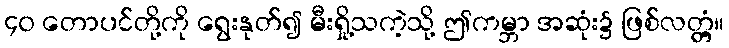
၄၀ တောပင်တို့ကို ရွေးနုတ်၍ မီးရှို့သကဲ့သို့ ဤကမ္ဘာ အဆုံး၌ ဖြစ်လတ္တံ့။